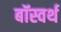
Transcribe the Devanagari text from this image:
बॉस्वर्थ